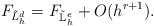
LaTeX: \begin{align*}F_{\tilde{L}^d_h} = F_{{\mathbb{\tilde{L}}}^{e}_h} + O(h^{r+1}).\end{align*}